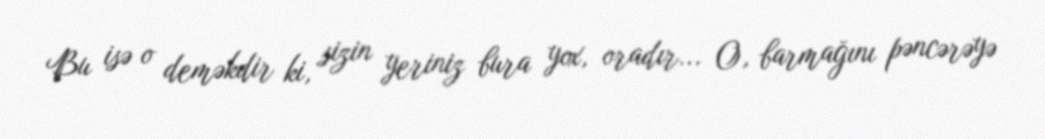
Bu isə o deməkdir ki, sizin yeriniz bura yox, oradır... O, barmağını pəncərəyə